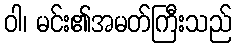
ဝါ၊ မင်း၏အမတ်ကြီးသည်